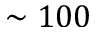
\sim 1 0 0